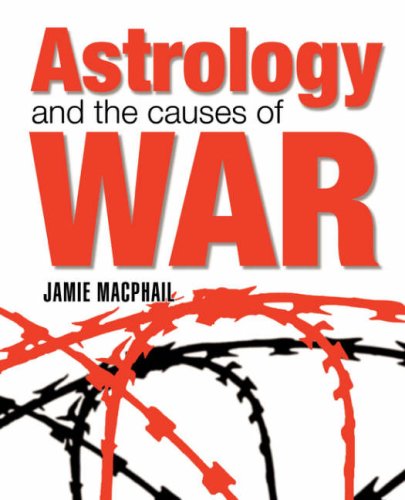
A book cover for Astrology and the Causes of War; Jamie MacPhail; Religion & Spirituality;